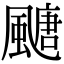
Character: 𩘜